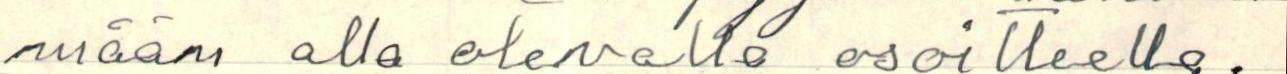
mään alla olevalla osoitteella.